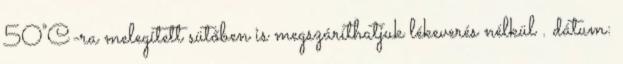
50°C-ra melegített sütőben is megszáríthatjuk lékeverés nélkül . dátum: